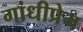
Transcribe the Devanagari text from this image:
गांधीप्रेम